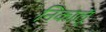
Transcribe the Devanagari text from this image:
निकालूॅ